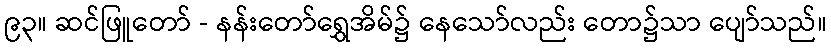
၉၃။ ဆင်ဖြူတော် - နန်းတော်ရွှေအိမ်၌ နေသော်လည်း တော၌သာ ပျော်သည်။